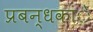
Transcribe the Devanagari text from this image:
प्रबन्धकांे